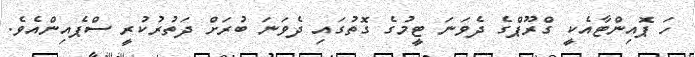
ހަ ޕޮއިންޓާއެކީ ގްރޫޕްގެ ދެވަނަ ޓީމުގެ ގޮތުގައި ދެވަނަ ބުރަށް ދަތުރުކުރީ ސްޕެއިންއެވެ.